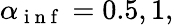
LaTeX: \alpha_{\mathrm{~i~n~f~}}=0.5,1,